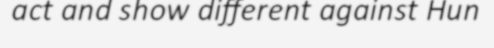
act and show different against Hun